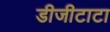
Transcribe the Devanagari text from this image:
डीजीटाटा